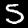
Digit: 5